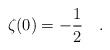
LaTeX: \begin{align*}\zeta(0) = -\frac{1}{2}\quad.\end{align*}